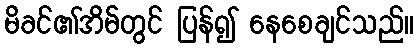
မိခင်၏အိမ်တွင် ပြန်၍ နေစေချင်သည်။